Lock hospitals Punjab
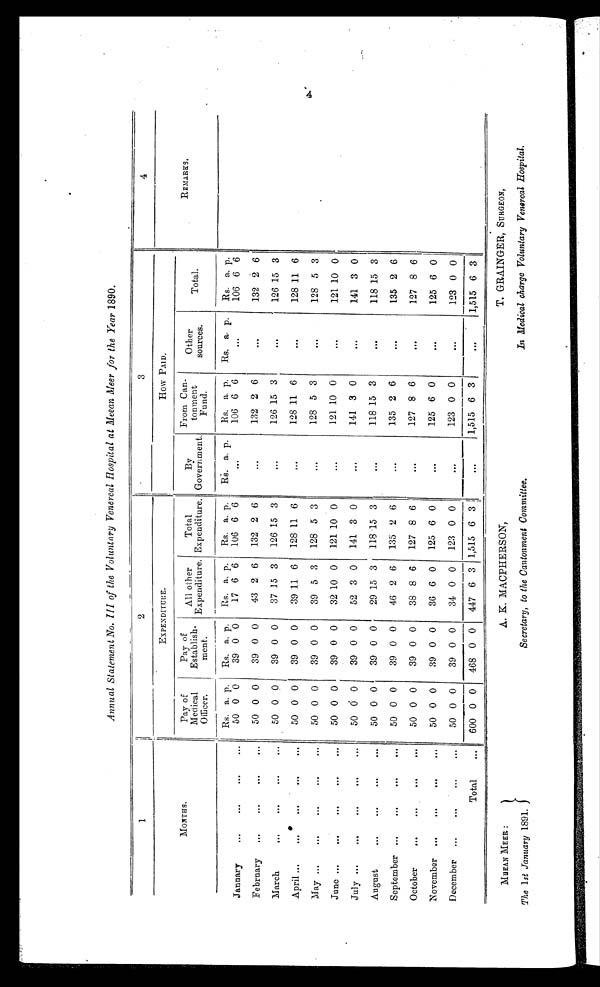
MEEAN MEER :
The 1 st January 1891.
A. K. MACPHERSON,
Secretary, to the Cantonment Committee,
T. GRAINGER, SURGEON,
In Medical charge Voluntary Venereal Hospital.
Annual Statement No. III of the Voluntary Venereal Hospital at Meean Meer for the Year 1890.
1
2
3
4
MONTHS.
EXPENDITURE.
How PAID.
REMARKS,
Pay of
Medical
Officer.
Pay of
Establish-
ment.
All other
Expenditure.
Total
Expenditure.
By
Government.
From Can-
tonment
Fund.
Other
sources.
Total.
Rs. a. p.
Rs. a. p.
Rs. a. p.
Rs. a. p.
Rs. a. p.
Rs. a. p.
Rs. a. p.
Rs. a. p.
January
...
...
. . .
...
50 0 0
39 0 0
17 6 6
106 6 6
...
106 6 6
...
106 6 6
February
. . .
...
. . .
...
50 0 0
39 0 0
43 2 6
132 2 6
...
132 2 6
...
132 2 6
March
. . .
...
. . .
...
50 0 0
39 0 0
37 15 3
126 15 3
...
126 15 3
...
126 15 3
April
...
...
. . .
...
50 0 0
39 0 0
39 11 6
128 11 6
...
128 11 6
...
128 11 6
May ...
...
...
...
...
50 0 0
39 0 0
39 5 3
128 5 3
...
128 5 3
...
128 5 3
June ...
...
...
...
...
50 0 0
39 0 0
32 10 0
121 10 0
...
121 10 0
...
121 10 0
July ...
. . .
...
...
...
50 0 0
39 0 0
52 3 0
141 3 0
...
141 3 0
...
141 3 0
August
. . .
...
...
...
50 0 0
39 0 0
29 15 3
118 15 3
...
118 15 3
...
118 15 3
September
. . .
...
...
...
50 0 0
39 0 0
46 2 6
135 2 6
...
135 2 6
...
135 2 6
October
. . .
...
. . .
...
50 0 0
39 0 0
38 8 6
127 8 6
...
127 8 6
...
127 8 6
November ...
...
...
...
50 0 0
39 0 0
36 6 0
125 6 0
...
125 6 0
...
125 6 0
December
. . .
...
. . .
...
50 0 0
39 0 0
34 0 0
123 0 0
...
123 0 0
...
123 0 0
Total
...
600 0 0
468 0 0
447 6 3 1,515 6 3
...
1,515 6 3
...
1,515 6 3